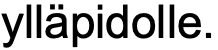
ylläpidolle.